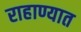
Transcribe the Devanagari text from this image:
राहाण्यात